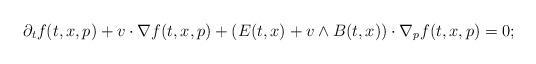
LaTeX: \begin{align*} \partial_t f(t, x, p)+v\cdot\nabla f(t, x, p)+(E(t, x)+v\wedge B(t, x))\cdot\nabla_p f(t, x, p)=0; \end{align*}